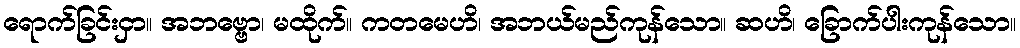
ရောက်ခြင်းငှာ။ အဘဗ္ဗော၊ မထိုက်။ ကတမေဟိ၊ အဘယ်မည်ကုန်သော။ ဆဟိ၊ ခြောက်ပါးကုန်သော။